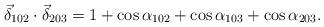
LaTeX: \begin{align*}\vec{\delta}_{102}\cdot \vec{\delta}_{203}=1+\cos\alpha_{102}+\cos\alpha_{103}+\cos\alpha_{203}.\end{align*}